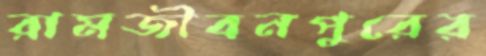
রামজীবনপুরের